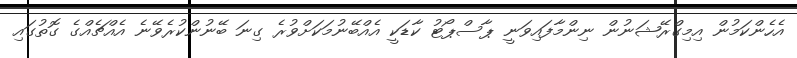
އެހެންކަމުން އިމިގްރޭޝަނުން ނިންމާފައިވަނީ ޕާސްޕޯޓު ކާޑަކީ އެއްބޭނުމަކަށްވުރެ ގިނަ ބޭނުންކުރެވޭނެ އެއްޗެއްގެ ގޮތުގައި